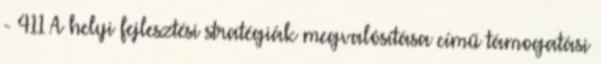
- 411 A helyi fejlesztési stratégiák megvalósítása című támogatási